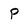
Character: P